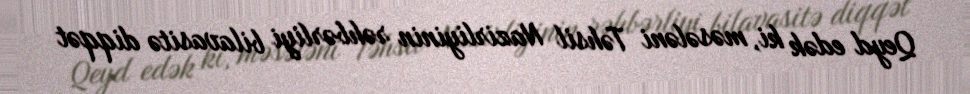
Qeyd edək ki, məsələni Təhsil Nazirliyinin rəhbərliyi bilavasitə diqqət